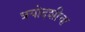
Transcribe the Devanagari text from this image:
त्रयोदशीचा